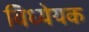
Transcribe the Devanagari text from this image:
विध्येयक